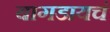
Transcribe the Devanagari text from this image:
बागडायचं